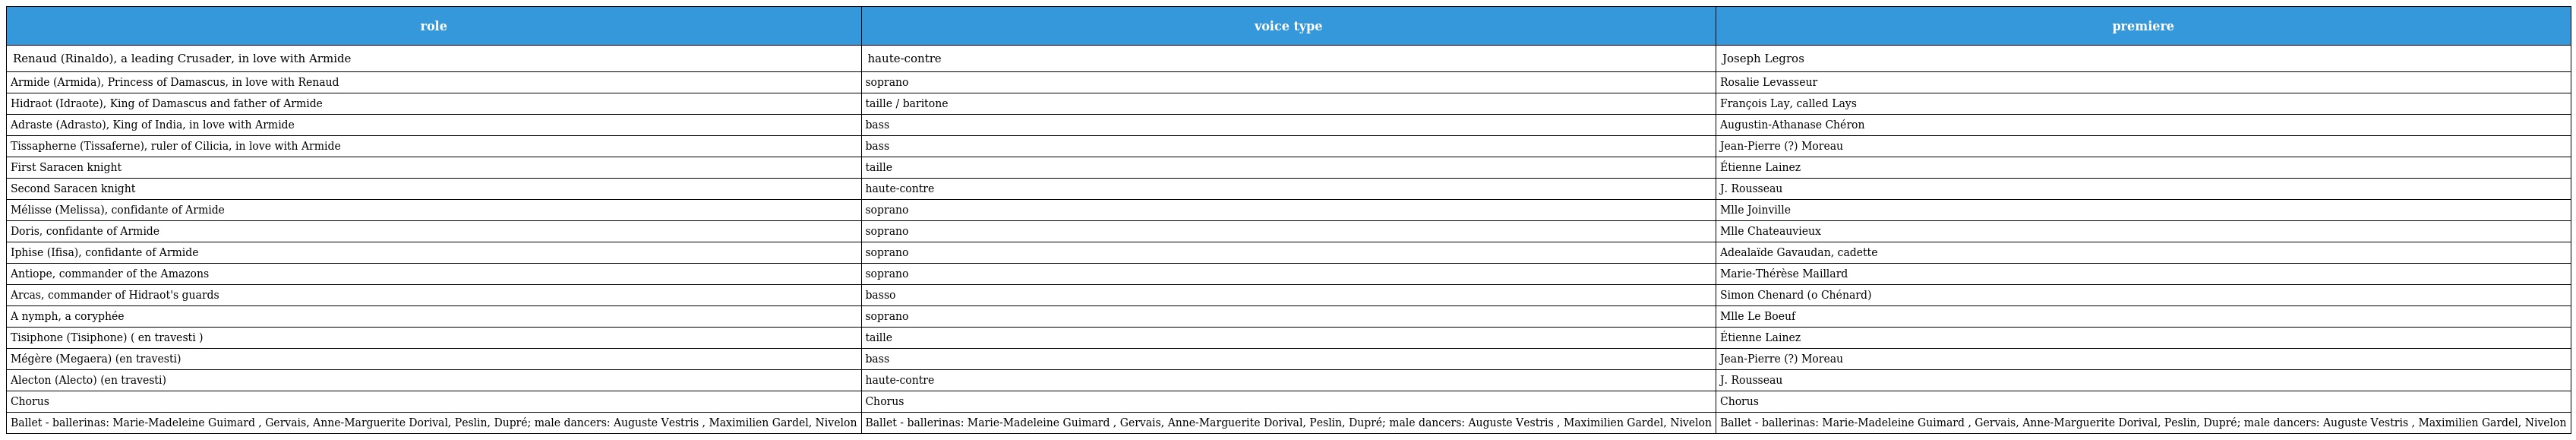
| role | voice type | premiere |
 | --- | --- | --- |
 | Renaud (Rinaldo), a leading Crusader, in love with Armide | haute-contre | Joseph Legros |
 | Armide (Armida), Princess of Damascus, in love with Renaud | soprano | Rosalie Levasseur |
 | Hidraot (Idraote), King of Damascus and father of Armide | taille / baritone | François Lay, called Lays |
 | Adraste (Adrasto), King of India, in love with Armide | bass | Augustin-Athanase Chéron |
 | Tissapherne (Tissaferne), ruler of Cilicia, in love with Armide | bass | Jean-Pierre (?) Moreau |
 | First Saracen knight | taille | Étienne Lainez |
 | Second Saracen knight | haute-contre | J. Rousseau |
 | Mélisse (Melissa), confidante of Armide | soprano | Mlle Joinville |
 | Doris, confidante of Armide | soprano | Mlle Chateauvieux |
 | Iphise (Ifisa), confidante of Armide | soprano | Adealaïde Gavaudan, cadette |
 | Antiope, commander of the Amazons | soprano | Marie-Thérèse Maillard |
 | Arcas, commander of Hidraot's guards | basso | Simon Chenard (o Chénard) |
 | A nymph, a coryphée | soprano | Mlle Le Boeuf |
 | Tisiphone (Tisiphone) ( en travesti ) | taille | Étienne Lainez |
 | Mégère (Megaera) (en travesti) | bass | Jean-Pierre (?) Moreau |
 | Alecton (Alecto) (en travesti) | haute-contre | J. Rousseau |
 | Chorus | Chorus | Chorus |
 | Ballet - ballerinas: Marie-Madeleine Guimard , Gervais, Anne-Marguerite Dorival, Peslin, Dupré; male dancers: Auguste Vestris , Maximilien Gardel, Nivelon | Ballet - ballerinas: Marie-Madeleine Guimard , Gervais, Anne-Marguerite Dorival, Peslin, Dupré; male dancers: Auguste Vestris , Maximilien Gardel, Nivelon | Ballet - ballerinas: Marie-Madeleine Guimard , Gervais, Anne-Marguerite Dorival, Peslin, Dupré; male dancers: Auguste Vestris , Maximilien Gardel, Nivelon |